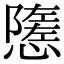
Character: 𢢠